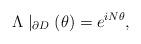
LaTeX: \begin{align*}\Lambda \mid _{\partial D}(\theta )=e^{iN\theta },\end{align*}